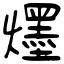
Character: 爅